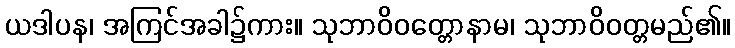
ယဒါပန၊ အကြင်အခါ၌ကား။ သုဘာဝိဝတ္တောနာမ၊ သုဘာဝိဝတ္တမည်၏။